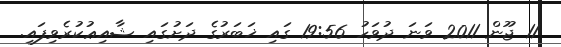
11 ޖޫން 2011 ވަނަ ދުވަހު 19:56 ގައި ޚަބަރުގެ ދަށުގައި ޝާއިޢުކުރެވިފައި.